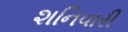
શનિવારી